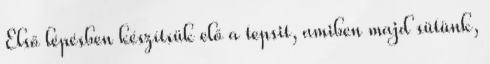
Első lépésben készítsük elő a tepsit, amiben majd sütünk,